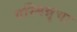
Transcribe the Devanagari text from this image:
यस्मिन्नृचः